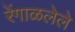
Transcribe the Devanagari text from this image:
रेंगाळलेले